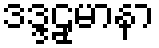
ဒဒ္ဒဠှမာနာ